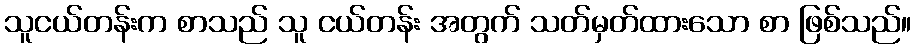
သူငယ်တန်းက စာသည် သူ ငယ်တန်း အတွက် သတ်မှတ်ထားသော စာ ဖြစ်သည်။